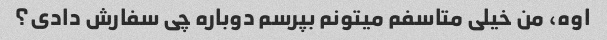
اوه، من خیلی متاسفم میتونم بپرسم دوباره چی سفارش دادی؟